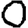
Digit: 0